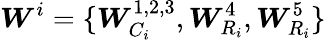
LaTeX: \boldsymbol{W}^{i}=\{ \boldsymbol{W}_{C_{i}}^{1,2,3},\boldsymbol{W}_{R_{i}}^{4},\boldsymbol{W}_{R_{i}}^{5}\}